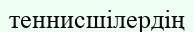
теннисшілердің